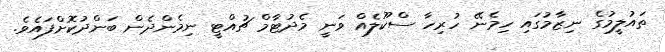
ތައުލީމުގެ ނިޒާމުގައި ހިމެނޭ ހުރިހާ ސްކޫލެއް ވަނީ މެދުޓާމް ޗުއްޓީ ނިމެންދެން ބަންދުކޮށްފައެވެ.